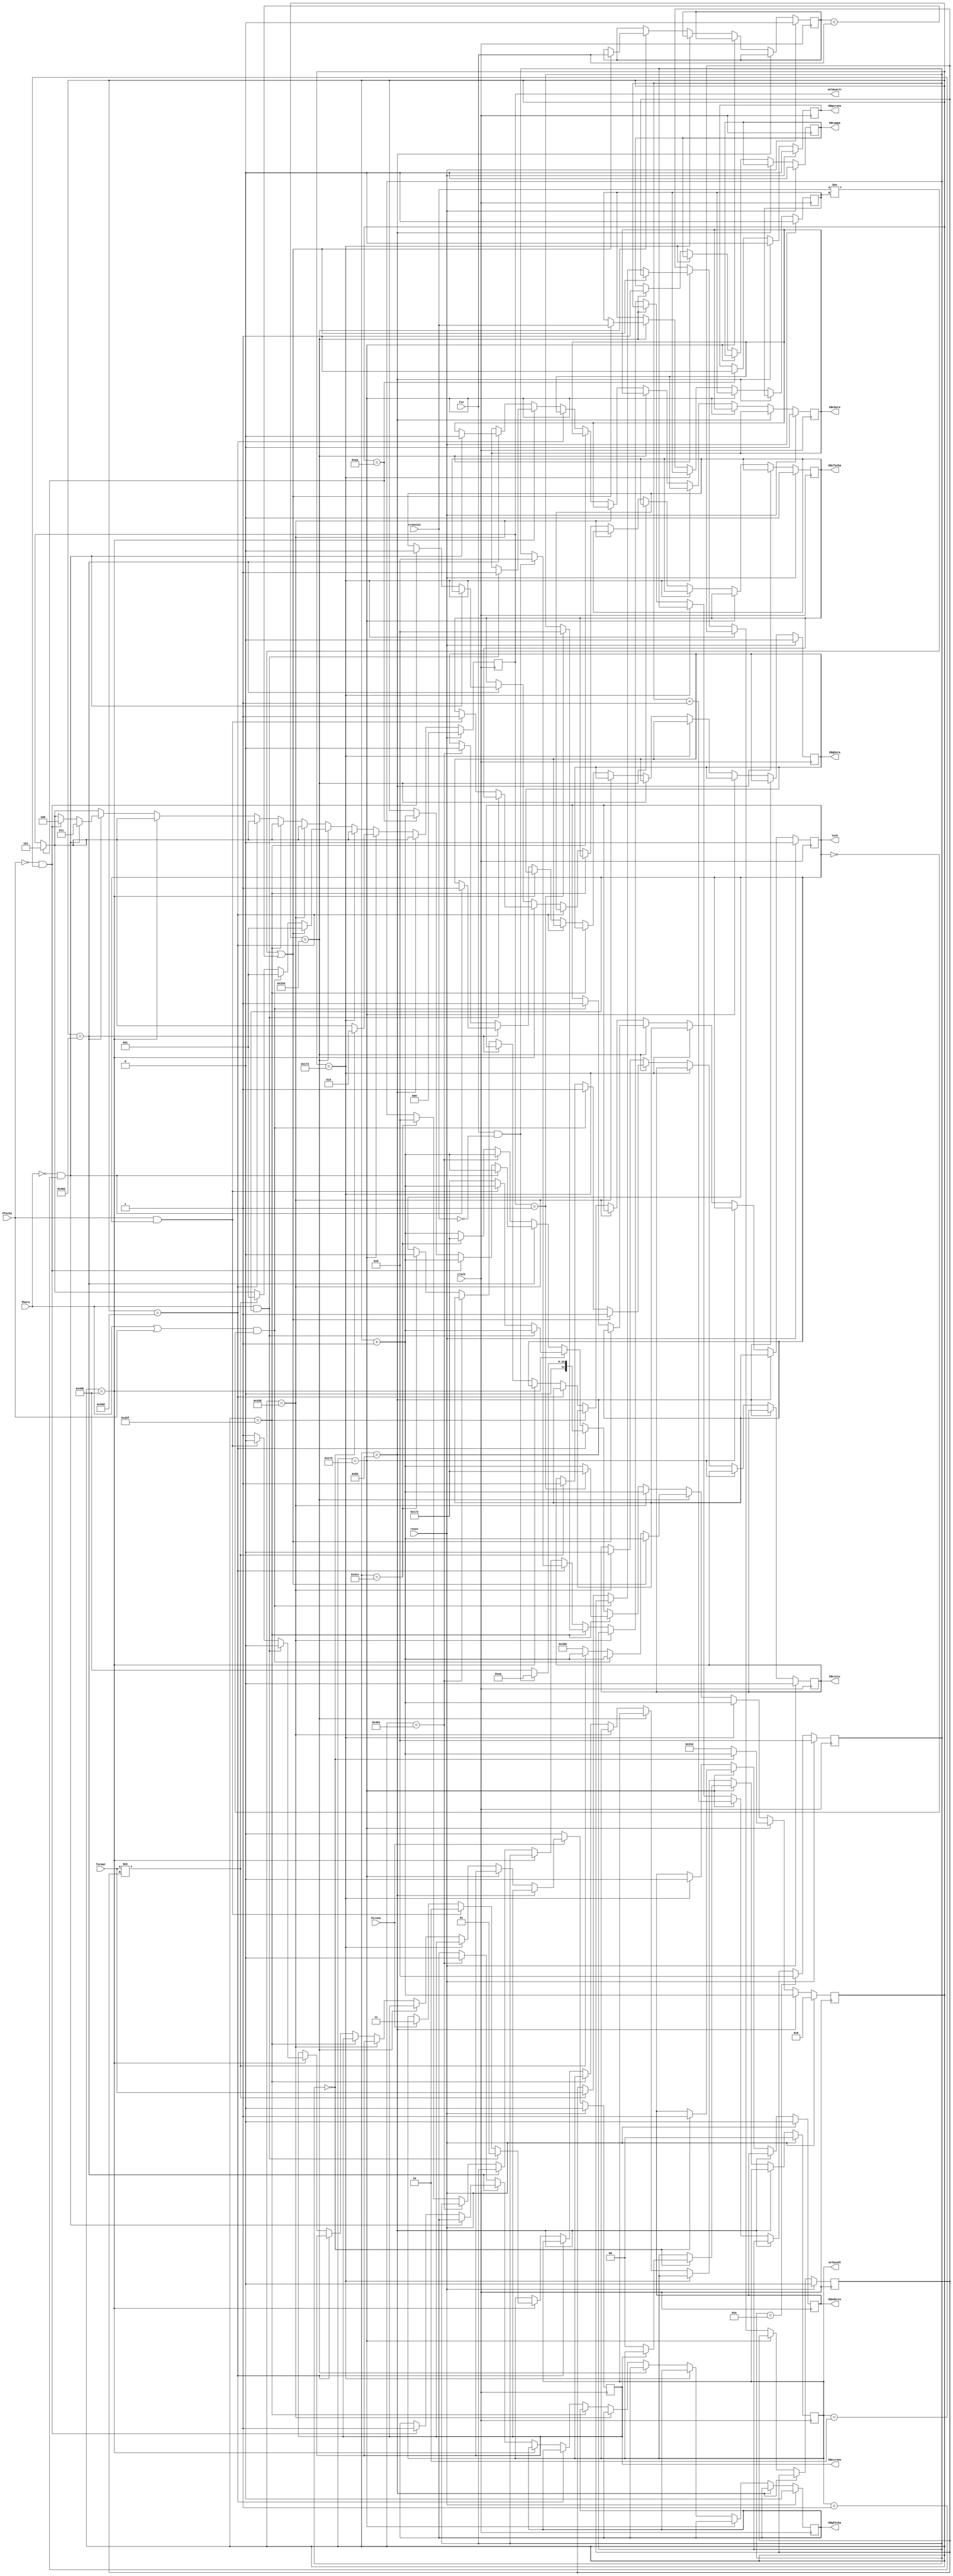
`timescale 1ns / 1ps
//////////////////////////////////////////////////////////////////////////////////
// Company: 
// Engineer: 
// 
// Design Name: 
// Module Name:    Control 
// Project Name: 
// Target Devices: 
// Tool versions: 
// Description: 
//
// Dependencies: 
//
// Revision: 
// Revision 0.01 - File Created
// Additional Comments: 
//
//////////////////////////////////////////////////////////////////////////////////
module FMSPrincipal(
	 input fin,
    input clock,
    input reset,
	 input Phora,
	 input Pfecha,
	 input Pcrono,
	 input cronoini,
	 input format,
    output reg ENchora,
    output reg ENcfecha,
    output reg ENccrono,
    output reg ENghora,
    output reg ENgfecha,
    output reg ENgcrono,
    output reg ENedatos,
	 output reg ENcinic,
	 output reg ENcompa,
	 output reg lock,
	 output reg [1:0]selmuxdt,
	 output reg [2:0]selmuxctr
	
    );
reg [11:0]contador;
reg crini;
reg form;
reg [3:0]contEdatos;
reg finref;
always @(posedge clock)
	begin
	if (reset)
	begin

		finref<=0;
		ENchora<=0;
		ENcfecha<=0;
		ENccrono<=0;
		ENghora<=0;
		ENgfecha<=0;
		ENgcrono<=0;
		ENedatos<=0;
		ENcompa<=0;
		contador<=0;
		crini<=0;
		form<=0;
		ENcinic<=0;
		lock<=0;
		selmuxdt<=0;
		selmuxctr<=0;
		contEdatos<=0;
	end
	else
	begin
	if (contador==170)
		begin
		ENgcrono<=1;
		selmuxctr<=5;
		contador<=contador+1'b1;
		end
	if (contador==176)
		begin
		ENgcrono<=0;
		contador<=contador+1'b1;
		end
	else if (contador==370) 
		begin
		if (contEdatos==0)
			begin 
			ENedatos<=1;
			selmuxctr<=2;
			if (ENccrono==0)selmuxdt<=0;
			contador<=contador+1'b1;
			end
		else contador<=820;
		contEdatos<=contEdatos+1'b1;
		end
		
		else if(contador==372)
		begin
		ENedatos<=0;
		contador<=contador+1'b1;
		end
	
	else if (contador==820)
		begin
		ENcompa<=1;
		if (cronoini!=crini||finref<fin)
		begin
			ENcinic<=1;
			selmuxctr<=1;
			crini<=cronoini;
			finref<=fin;
			contador<=contador+1'b1;
		end
		else if ((Phora==1||Pfecha==1)&&lock==0)
		begin
		selmuxctr<=1;
		ENcinic<=1;
		lock<=1;
		contador<=contador+1'b1;
		end
		else if (format!=form)
		begin 
			ENcinic<=1;
			selmuxctr<=1;
			form<=format;
			contador<=contador+1'b1;
		end
		else contador<=864;
		end
		
		else if (contador==824)
		begin
		ENcinic<=0;
		contador<=contador+1'b1;
		end
		
		
		else if (contador==863)
			begin
			if (selmuxctr==1)
				begin
				contador<=370;
				contEdatos<=0;
				end
			else contador<=contador+1'b1;
			end
			
		else if (contador==864)
			begin
			if(fin==1&&cronoini==0)
				begin
				contador<=170;
				contEdatos<=0;
				end
			else contador<=1024;
			end
		
		else if(contador==1024)
		begin
			if (Phora==1&&lock==1)
				begin
				ENchora<=1;
				ENccrono<=0;
				selmuxdt<=1;
				contador<=contador+1'b1;
				end
			else if (Pfecha==1&&lock==1)
				begin
				ENcfecha<=1;
				ENccrono<=0;
				selmuxdt<=2;
				contador<=contador+1'b1;
				end
			else if (Pcrono==1)
				begin
				ENccrono<=1;
				selmuxdt<=3;
				contador<=370;
				end
			else contador<=370;
			
		end
			
		else if (contador==1026)
		begin
		if (Phora==0&&selmuxdt==1)
			begin
			ENchora<=0;
			ENghora<=1;
			selmuxctr<=3;
			contador<=contador+1'b1;
			end
		else if(Pfecha==0&&selmuxdt==2)
			begin
			ENcfecha<=0;
			ENgfecha<=1;
			selmuxctr<=4;
			contador<=contador+1'b1;
			end
		
		end
		
		else if (contador==1028)
		begin
			ENghora<=0;
			ENgfecha<=0;
			contador<=contador+1'b1;
		end
		else if (contador==1230)
			begin
			lock<=0;
			contador<=370;
			contEdatos<=0;
			end
		
		else contador<=contador+1'b1;
		if (contEdatos==10)
			contEdatos<=0;
		if(Pcrono==0)
			ENccrono<=0;
		
	end
	
	end

endmodule